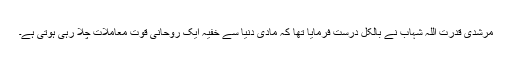
مرشدی قدرت اللہ شہاب نے بالکل درست فرمایا تھا کہ مادی دنیا سے خفیہ ایک روحانی قوت معاملات چلا رہی ہوتی ہے۔